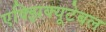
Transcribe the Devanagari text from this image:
एक्झिक्यूटेबल